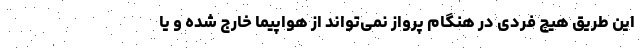
این طریق هیچ فردی در هنگام پرواز نمی‌تواند از هواپیما خارج شده و یا